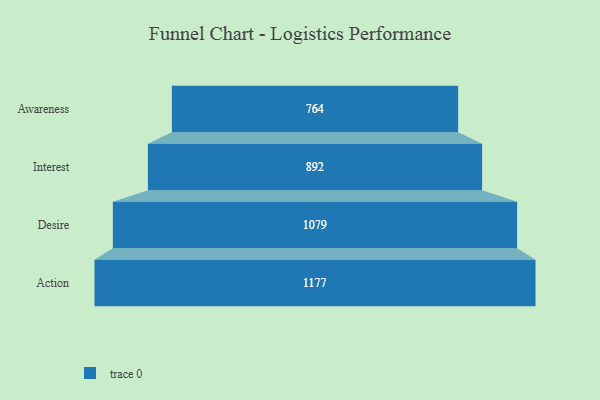
{"axis": {"x": "Stage", "y": "Value"}, "legend": [""], "data": [{"x": "Awareness", "y": 764.0, "type": ""}, {"x": "Interest", "y": 892.0, "type": ""}, {"x": "Desire", "y": 1079.0, "type": ""}, {"x": "Action", "y": 1177.0, "type": ""}]}